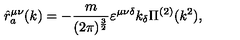
\hat { r } _ { a } ^ { \mu \nu } ( k ) = - \frac { m } { ( 2 \pi ) ^ { \frac { 3 } { 2 } } } \varepsilon ^ { \mu \nu \delta } k _ { \delta } \Pi ^ { ( 2 ) } ( k ^ { 2 } ) ,